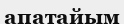
апатайым